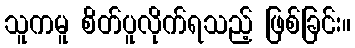
သူကမူ စိတ်ပူလိုက်ရသည့် ဖြစ်ခြင်း။